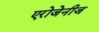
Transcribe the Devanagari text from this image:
एरोजेनीज